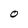
Character: O